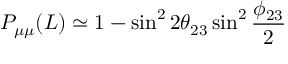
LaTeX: P _ { \mu \mu } ( L ) \simeq 1 - \sin ^ { 2 } 2 \theta _ { 2 3 } \sin ^ { 2 } \frac { \phi _ { 2 3 } } { 2 }